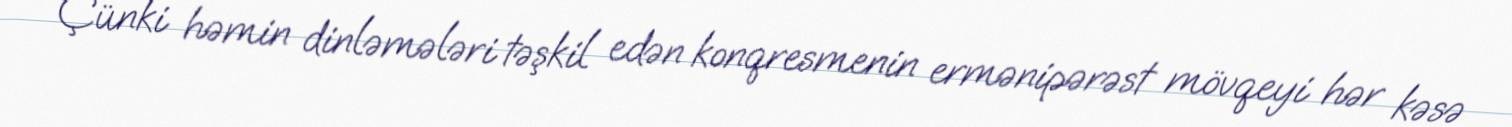
Çünki həmin dinləmələri təşkil edən konqresmenin ermənipərəst mövqeyi hər kəsə